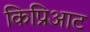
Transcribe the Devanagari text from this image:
किप्रिआट